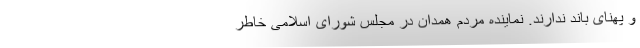
و پهنای باند ندارند. نماینده مردم همدان در مجلس شورای اسلامی خاطر